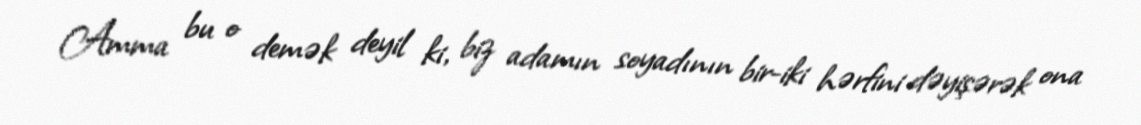
Amma bu o demək deyil ki, biz adamın soyadının bir-iki hərfini dəyişərək ona